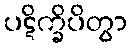
ပဋိက္ခိပိတွာ